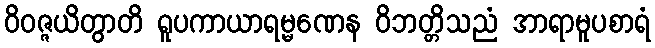
ဝိဝဇ္ဇယိတွာတိ ရူပကာယာရမ္မဏေန ဝိဘတ္တိသညံ အာရာမူပစာရံ